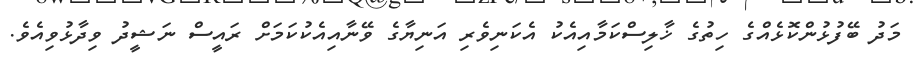
މަދު ބޭފުޅުންކޮޅެއްގެ ހިތުގެ ޚާލިސްކަމާއިއެކު އެކަނިވެރި އަނިޔާގެ ވޭނާއިއެކުކަމަށް ރައީސް ނަޝީދު ވިދާޅުވިއެވެ.